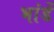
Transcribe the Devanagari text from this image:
भांडें